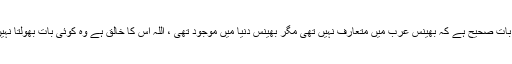
یہ بات صحیح ہے کہ بھینس عرب میں متعارف نہیں تھی مگر بھینس دنیا میں موجود تھی ، اللہ اس کا خالق ہے وہ کوئی بات بھولتا نہیں ۔